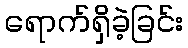
ရောက်ရှိခဲ့ခြင်း